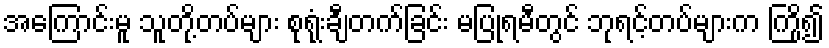
အကြောင်းမူ သူတို့တပ်များ စုရုံးချီတက်ခြင်း မပြုရမီတွင် ဘုရင့်တပ်များက ကြို၍